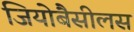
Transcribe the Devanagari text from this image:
जियोबैसीलस